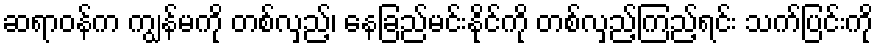
ဆရာဝန်က ကျွန်မကို တစ်လှည့်၊ နေခြည်မင်းနိုင်ကို တစ်လှည့်ကြည့်ရင်း သက်ပြင်းကို